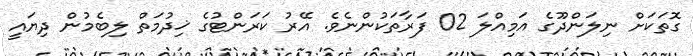
ގޮތަކަށް ނިލަންދޫގެ އަމިއްލަ 02 ފަރާތަކުންނެވެ. އޭރު ކަރަންޓުގެ ޚިދުމަތް ލިބެމުން ދިޔައީ